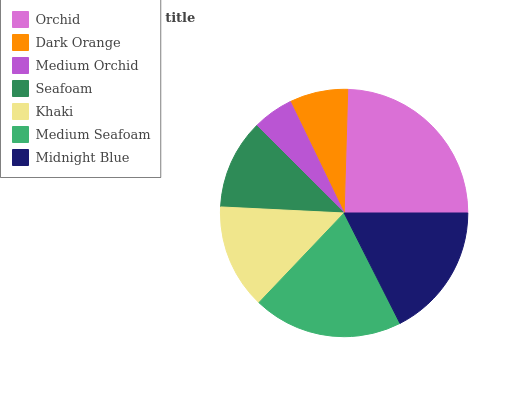
| Orchid | Dark Orange | Medium Orchid | Seafoam | Khaki | Medium Seafoam | Midnight Blue |
 | --- | --- | --- | --- | --- | --- | --- |
 | 24.5% | 7.63% | 5.37% | 11.7% | 13.7% | 19.6% | 17.5% |